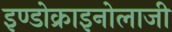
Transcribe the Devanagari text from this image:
इण्डोक्राइनोलाजी